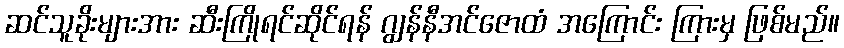
ဆင်သူခိုးများအား ဆီးကြိုရင်ဆိုင်ရန် ဂျွန်နီအင်ဇောထံ အကြောင်း ကြားမှ ဖြစ်မည်။